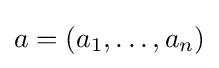
a=\left(a_{1},\ldots ,a_{n}\right)